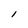
Character: l